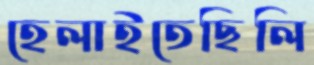
হেলাইতেছিলি